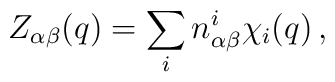
Z_{\alpha\beta}(q)=\sum_{i}n_{\alpha\beta}^{i}\chi_{i}(q)\,,